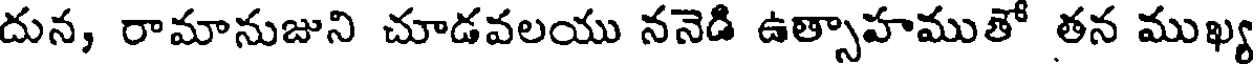
దున, రామానుజుని చూడవలయు ననెడి ఉత్సాహముతో తన ముఖ్య